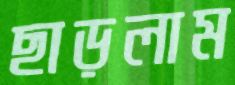
ছাড়লাম